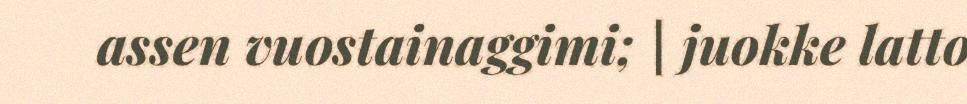
assen vuostainaggimi; | juokke latto